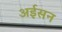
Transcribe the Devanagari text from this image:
अईसन